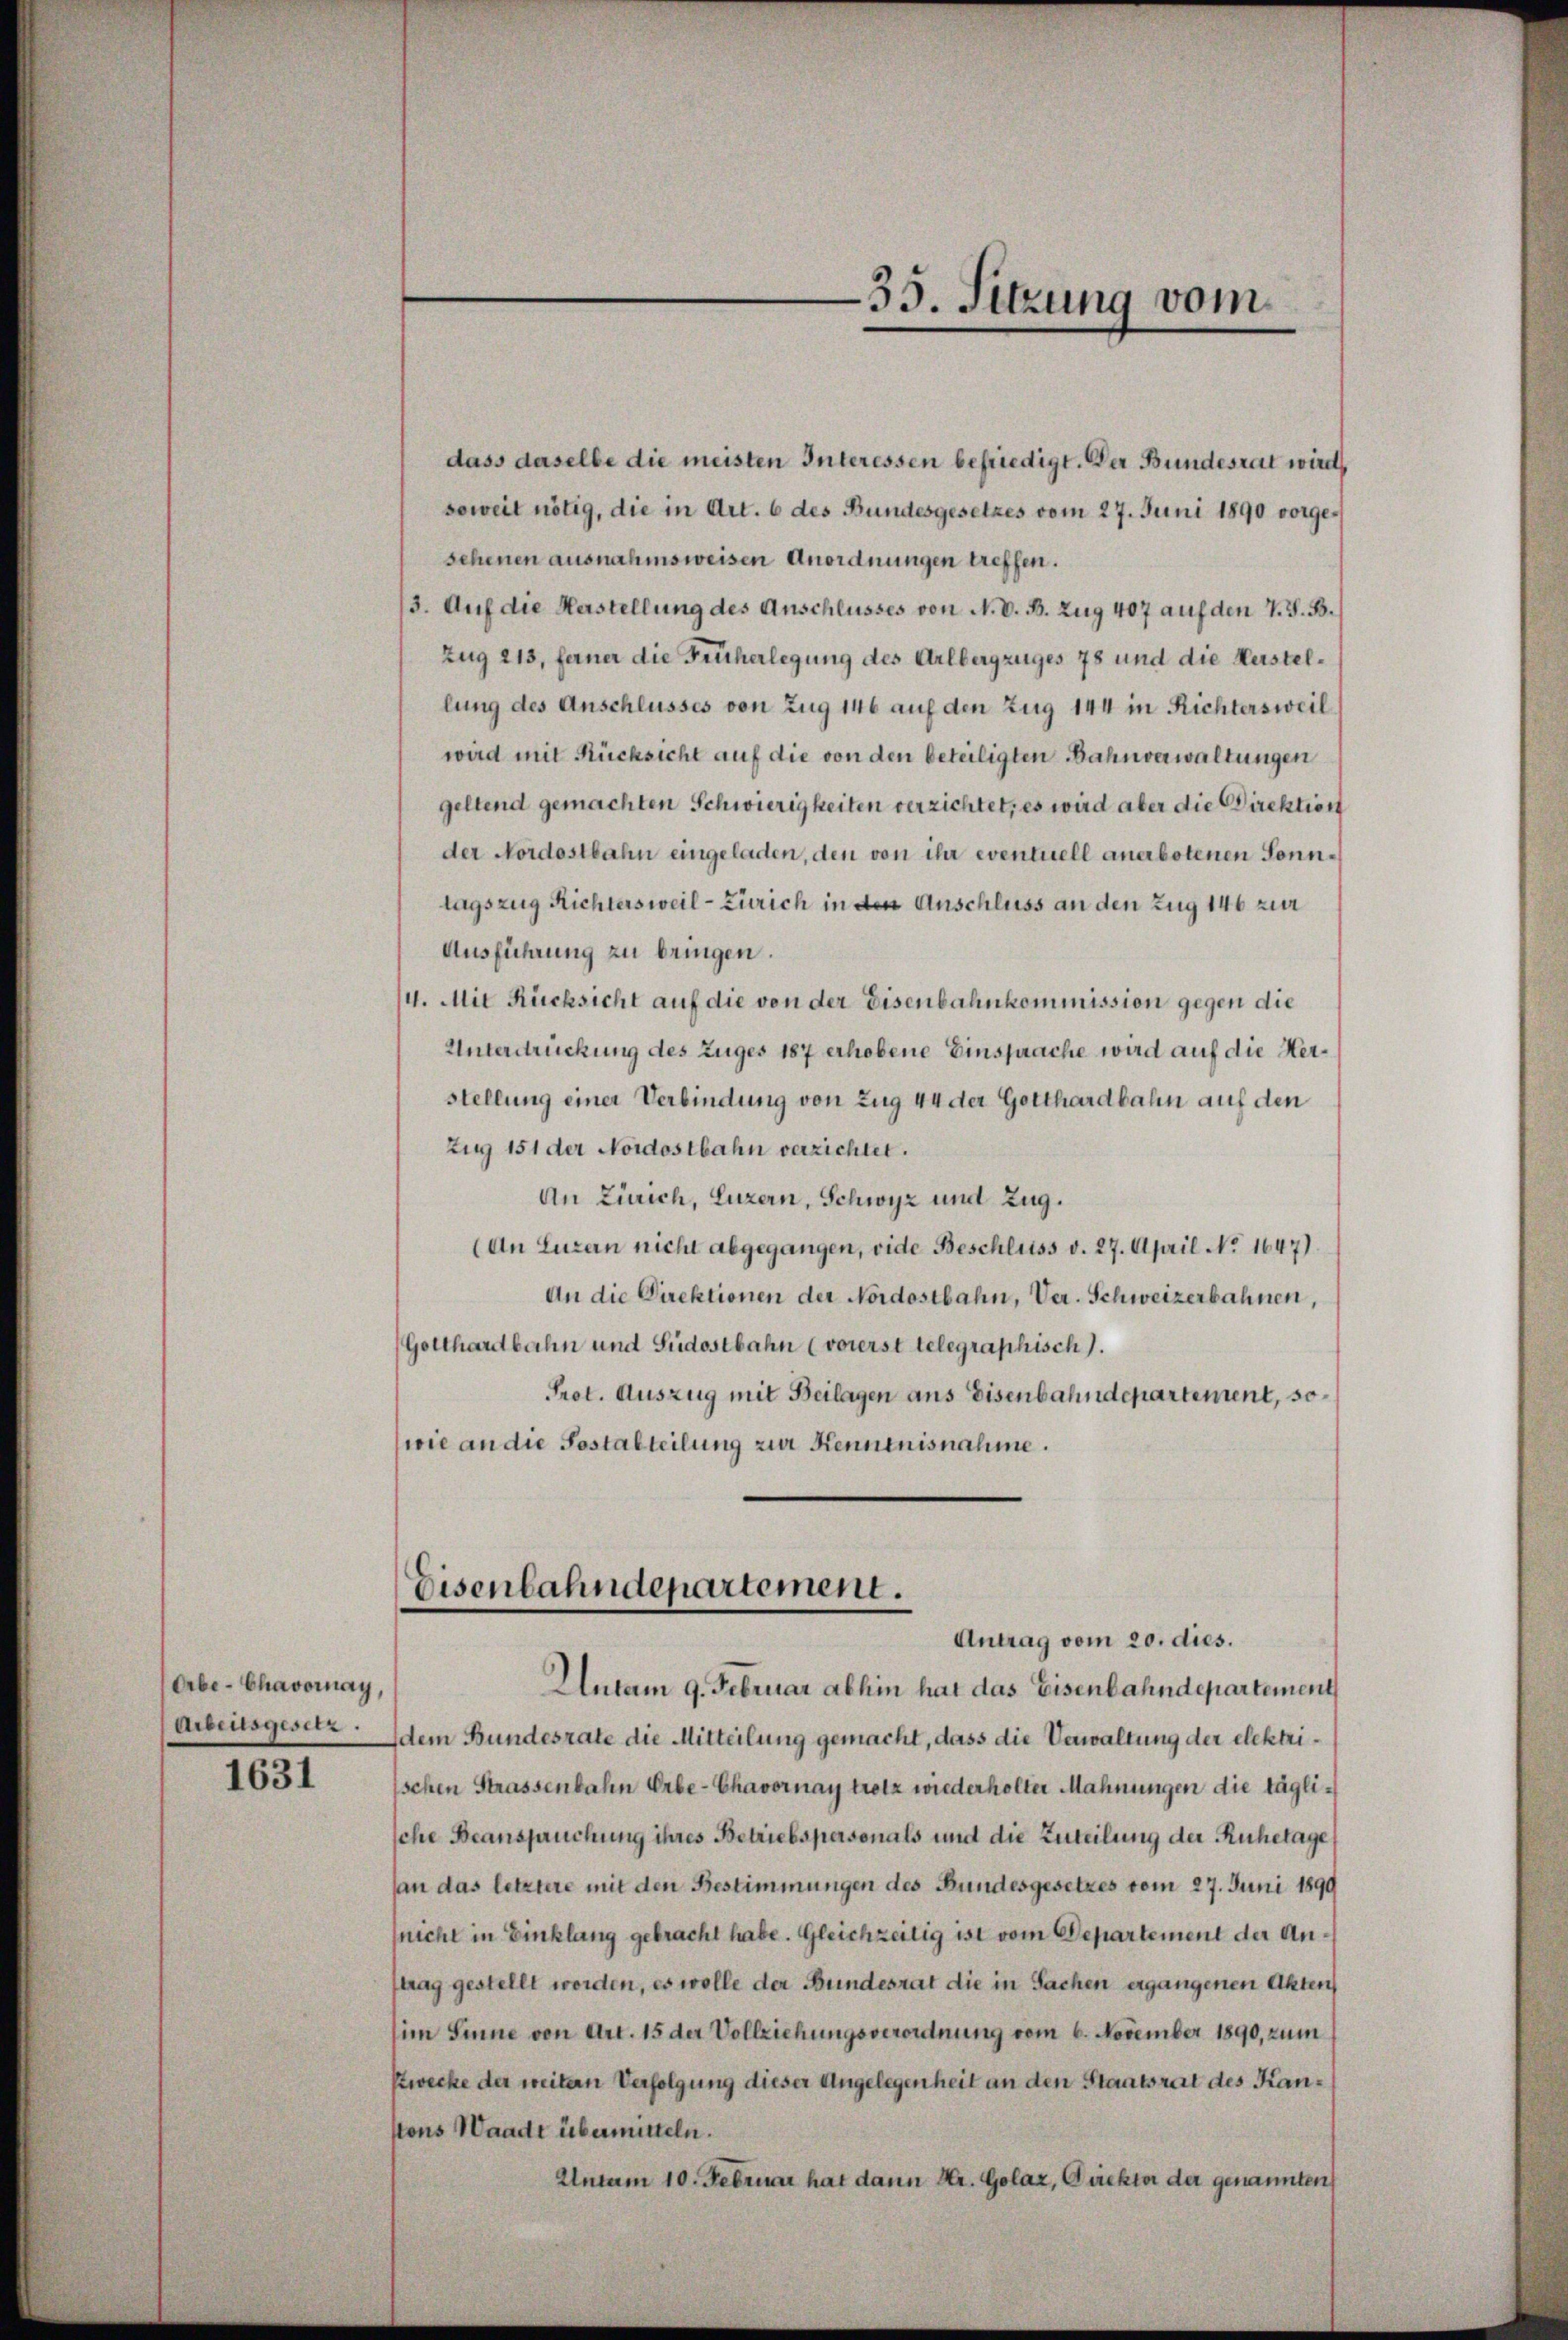
Orbe-Chavornay,
Arbeitsgesetz.

1631

dass daselbe die meisten Interessen befriedigt. Der Bundesrat wird
soweit nötig, die in Art. 6 des Bundesgesetzes vom 27. Juni 1890 vorgesehenen ausnahmsweisen Anordnungen treffen.
3. Auf die Herstellung des Anschlusses von N. V. B. Zug 407 auf den 7. J. B.
Zug 213, ferner die Früherlegung des Arlbergzuges 78 und die Herstellung des Anschlusses von Zug 146 auf den Zug 144 in Richtersweil
wird mit Rücksicht auf die von den beteiligten Bahnverwaltungen
geltend gemachten Schwierigkeiten verzichtet, es wird aber die Direktion
der Nordostbahn eingeladen, den von ihr eventuell anerbotenen Sonntagszug Richtersweil - Zürich in den Anschluss an den Zug 146 zur
Ausführung zu bringen.
4. Mit Rücksicht auf die von der Eisenbahnkommission gegen die
Unterdrückung des Zuges 187 erhobene Einsprache wird auf die Herstellung einer Verbindung von Zug 44 der Gotthardbahn auf den
Zug 151 der Nordostbahn verzichtet.
An Zürich, Luzern, Schwyz und Zug.
(An Luzern nicht abgegangen, vide Beschluss v. 27. April No 1647).
An die Direktionen der Nordostbahn, Ver. Schweizerbahnen,
Gotthardbahn und Südostbahn (vorerst telegraphisch).
Prot. Auszug mit Beilagen aus Eisenbahndepartement, sowie an die Postalteilung zur Kenntnisnahme.
Eisenbahndepartement.
Antrag vom 20. dies.
Autam 9. Februar abhin hat das Eisenbahndepartement
dem Bundesrate die Mitteilung gemacht, dass die Verwaltung der elektrischen Strassenbahn Erbe-Chavornay trotz wiederholter Mahnungen die täglische Beanspruchung ihres Betriebspersonals und die Zuteilung der Ruhetage,
an das letztere mit den Bestimmungen des Bundesgesetzes vom 27. Juni 1899
(nicht in Einklang gebracht habe. Gleichzeitig ist vom Departement der Antrag gestellt worden, es wolle der Bundesrat die in Sachen ergangenen Akten
im Sinne von Art. 15 der Vollziehungsverordnung vom 6. November 1890, zum
Zwecke der weitern Verfolgung dieser Angelegenheit an den Staatsrat des Kantons Waadt übermitteln.
Untum 10. Februar hat dann Hr. Golaz, Direktor der genannten

35. Sitzung vom